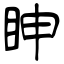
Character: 眒